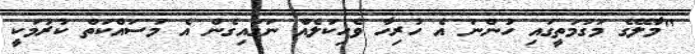
"މާލޭގެ މަގުމަތީގައި ހުންނަ އެ ހުރިހާ ވެހިކަލެއް ނަގައިގެން އެ މަސައްކަތް ކުރުމަކީ